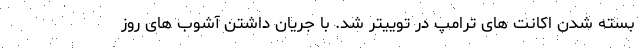
بسته شدن اکانت های ترامپ در توییتر شد. با جریان داشتن آشوب های روز